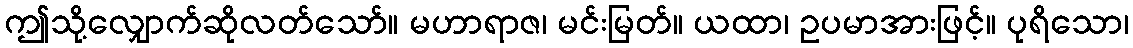
ဤသို့လျှောက်ဆိုလတ်သော်။ မဟာရာဇ၊ မင်းမြတ်။ ယထာ၊ ဥပမာအားဖြင့်။ ပုရိသော၊